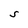
Character: S